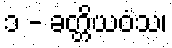
၁ - ခတ္တိယဝံသ၊